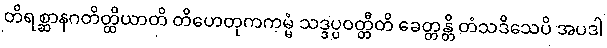
တိရစ္ဆာနဂတိတ္ထိယာတိ တိဟေတုကကမ္မံ သဒ္ဒပ္ပဝတ္တီတိ ခေတ္တန္တိ တံသဒိသေပိ အပဒါ